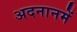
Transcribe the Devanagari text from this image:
अदनानमें